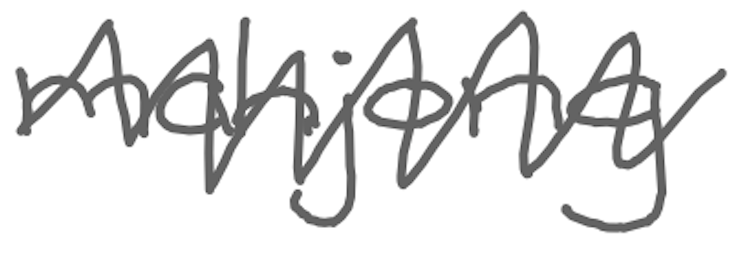
Text: mahjong
Cross-out: zig-zag
Writing tool: digital_gray